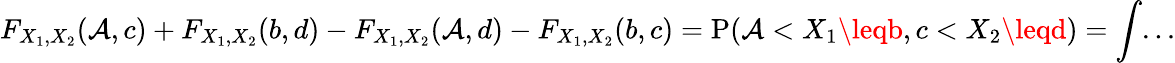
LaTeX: F_{X_{1},X_{2}}(\mathcal{A},c)+F_{X_{1},X_{2}}(b,d)-F_{X_{1},X_{2}}(\mathcal{A},d)-F_{X_{1},X_{2}}(b,c)=\operatorname{P}(\mathcal{A}<X_{1}\leqb,c<X_{2}\leqd)=\int...